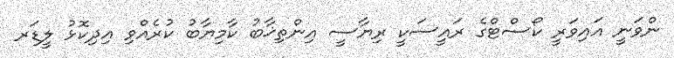
ންވަނީ އައިވަރީ ކޯސްޓްގެ ރައީސަކީ ރިޔާސީ އިންތިޚާބު ކާމިޔާބު ކުރެއްވި އިދިކޮޅު ލީޑަރ